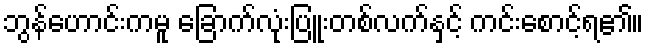
ဘွန်ဟောင်းကမူ ခြောက်လုံးပြူးတစ်လက်နှင့် ကင်းစောင့်ရ၏။